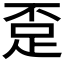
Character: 𲃗